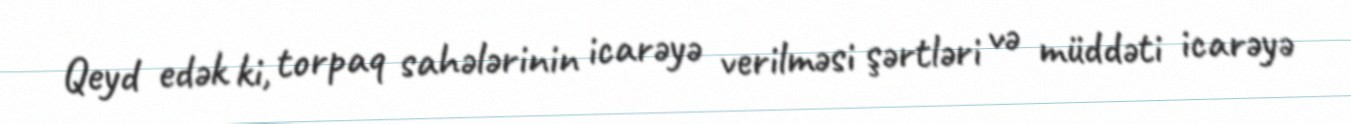
Qeyd edək ki, torpaq sahələrinin icarəyə verilməsi şərtləri və müddəti icarəyə